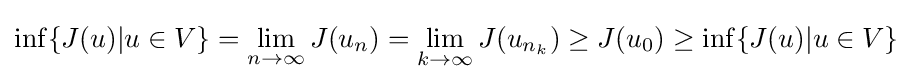
\inf\{J(u)|u\in V\}=\lim _{n\to \infty }J(u_{n})=\lim _{k\to \infty }J(u_{n_{k}})\geq J(u_{0})\geq \inf\{J(u)|u\in V\}